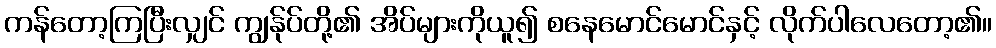
ကန်တော့ကြပြီးလျှင် ကျွန်ုပ်တို့၏ အိပ်များကိုယူ၍ စနေမောင်မောင်နှင့် လိုက်ပါလေတော့၏။